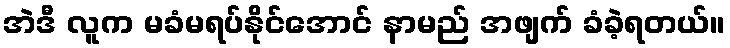
အဲဒီ လူက မခံမရပ်နိုင်အောင် နာမည် အဖျက် ခံခဲ့ရတယ်။